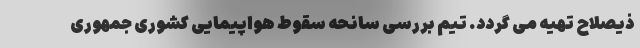
ذیصلاح تهیه می گردد. تیم بررسی سانحه سقوط هواپیمایی کشوری جمهوری